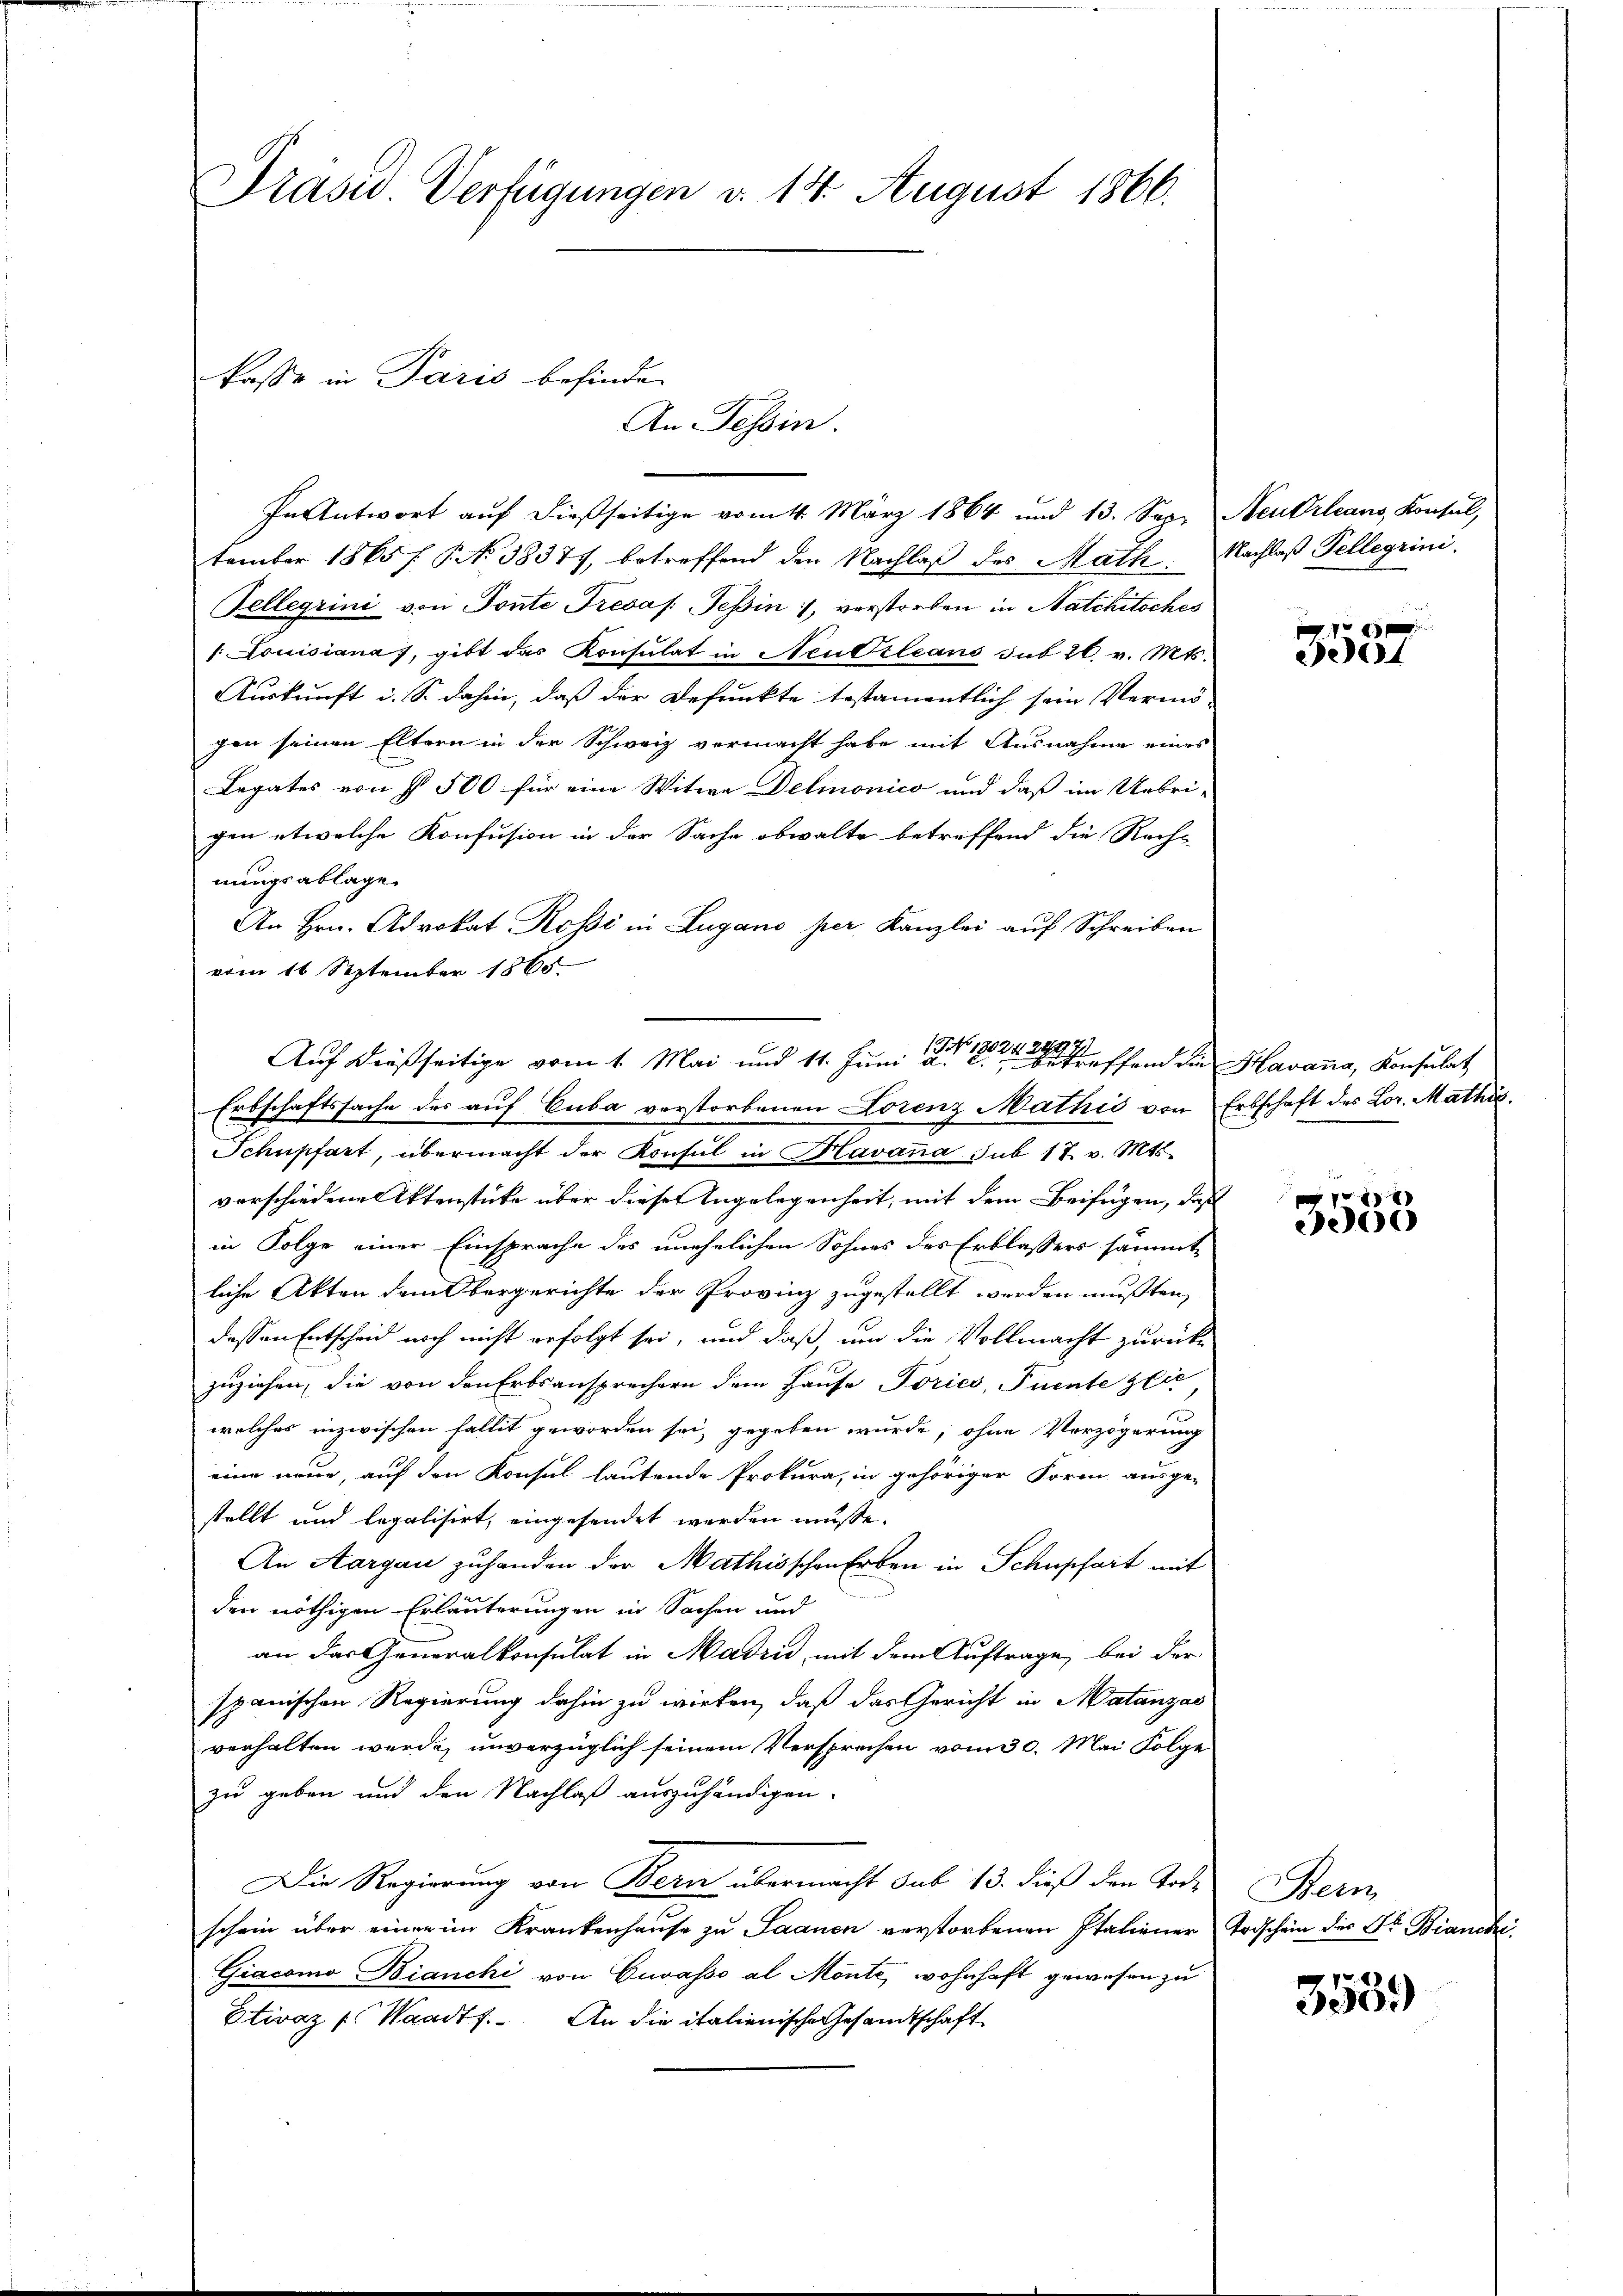
Prasid Verfügungen v. 14. August 1866.

kasse in Paris befinde.
An Tessin.

In Antwort auf dießseitige vom 4. März 1864 und 13. Sep. Neudrleans, Konsul,
tember 1865 f. No 38377, betreffend den Nachlaβ des Math. Nachlaß Pellegrini.
Fellegrini von Tonte Tresas: Tessin, verstorben in Natchitsches
/. Louisiana), gibt das Konsulat in Neubileans sub 20. v. Mts.
Auskunft i. S. dahin, daß der Defunkte testamentlich sein Vermö-
gen seinen Eltern in der Schweiz vermacht habe mit Ausnahme eines
Legates von § 500 für eine Witwe Delmonico und daß im Uebri-
gen etwelche Konfusion in der Sache obwalte betreffend die Recht
nungsablage.
An Hrn. Advokat Rossi in Lugano per Kanzlei auf Schreiben
vom 16. September 1865.
Erbschaftssache des auf Cuba verstorbenen Lorenz Mathis von Erbschaft des Lor. Mathis
Schupfert, übermacht der Konsul in Havana sub 17. v. Mts.
verschiedene Aktenstücke über diese Angelegenheit, mit dem Beifügen, daß
in Folge einer Einsprache des unehelichen Sohnes des Erblassers sämmtliche Akten dem bergerichte der Provinz zugestellt werden mußten,
dessen Entscheid noch nicht erfolgt sei, und daß, um die Vollmacht zurückzuziehen, die von den Erbsansprechern dem Hause Toriés, Puente sei,
welches inzwischen Fallit geworden sei, gegeben wurde, ohne Verzögerung
eine neue, auf den Konsul lautende Prokura, in gehöriger Form ausge-
stellt und legalisirt, eingesendet werden müsse.
An Aargau zuhanden der Mathisschen Erben in Schupfart mit
den nöthigen Erläuterungen in Sachen und
an das Generalkonsulat in Madrić, mit dem Auftrage bei der
spanischen Regierung dahin zu wirken, daß das Gericht in Matanzas
verhalten werde, unverzüglich seinem Versprechen vom 30. Mai Folge
zu geben und den Nachlaß auszuhändigen.
Die Regierung von Bern übermacht sub 13. dieß den Tode
schein über einer im Krankenhause zu Saanen verstorbenen Italiener Todschein des Dr. Bianchi
Giacomo Bianchi von Cuvasso al Monte, wohnhaft gewesen zu
Etiraz (Waadts. An die italienische Gesandtschaft

Auf dießseitige vom 1. Mai und 11. Juni 18ffend die Havana, Konsulat

x
ce

e
e

Bern

3539)